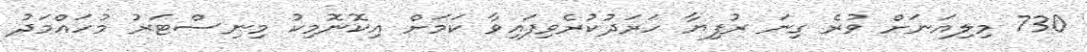
730 މިލިއަނަށް ވުރެ ގިނަ ރުފިޔާ ހަރަދުކުރެވިފައިވާ ކަމަށް އިކޮނޮމިކު މިނިސްޓަރު މުހައްމަދު